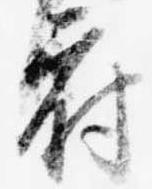
府